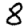
Digit: 8